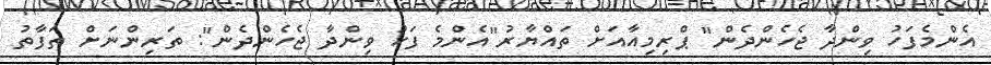
އެންމެފަހު ވިންދާ ޖެހެންދެން" ޕްރިމިއާއަށް ތައްޔާރު"އެންމެ ފަހު ވިންދާ ޖެހެންދެން": ތަރިންނަށް ތަފާތު